Annual report on the working of the mental hospitals in the Madras Presidency - 1912-1932
Year: 1912
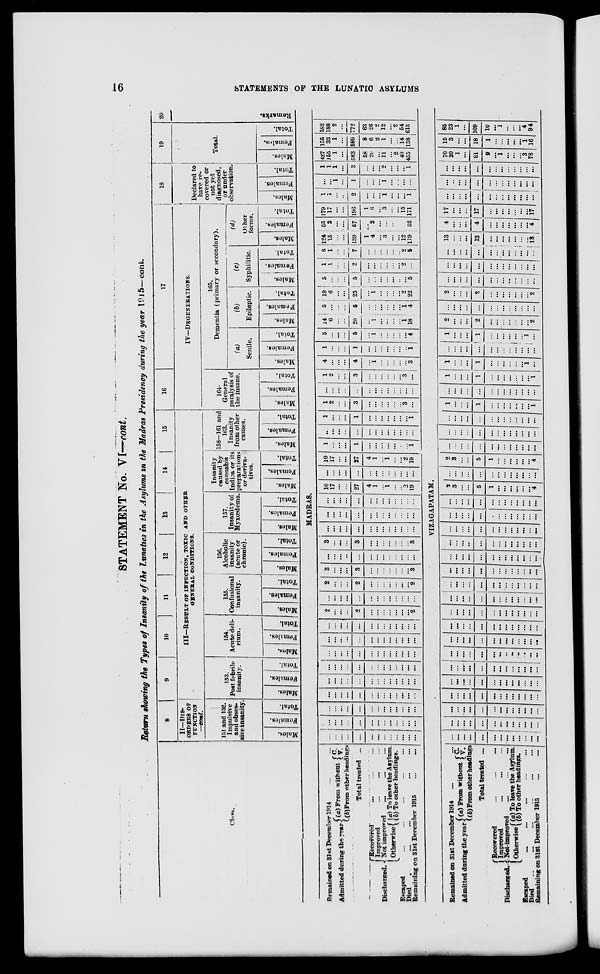
16
STATEMENTS OF THE LUNATIC ASYLUMS
STATEMENT No. VI—cont.
Return showing the Types of Insanity of the Lunatics in the Asylums in the Madras Presidency during the year 1915—cont.
Class.
8
II—DIS-
------ OF
FUNCTION
—cont.
151 and 152.
Impulsive
and obses-
sive insanity.
Males.
Females.
Total.
9
10
11
12
13
14
15
III—RESULT OF INFECTION, TOXIC AND OTHER
GENERAL CONDITIONS.
153.
Post febrile
insanity.
Mal es .
Femal es .
Total.
154.
Acute deli-
rium.
Mal es . Femal es .
Total.
155.
Confusional
insanity.
Mal es.
Femal es .
Total.
156.
Alcoholic
insanity
(acute or
chronic).
Males.
Females.
Total.
157.
Insanity of
Myxœdema.
Males.
Females.
Total.
Insanity
caused by
cannabis
Indica or its
preparation
or deriva-
tives.
Males.
Females.
Total.
158—161 and
163.
Insanity
from other
causes.
Males.
Females.
Total.
16
17
IV—DEGENERATIONS.
164.
General
paralysis of
the insane.
Males.
Females.
Total.
165.
Dementia (primary or secondary).
(a)
Senile.
Males.
Females.
Total.
(b)
Epileptic.
Males.
Females.
Total.
(c)
Syphilitic.
Males.
Females.
Total.
(d)
Other
forms.
Males.
Females.
Total.
18
Declared to
have re-
covered or
not yet
diagnosed,
or under
observation.
Males.
Females.
Total.
19
Total.
Males.
Females.
Total.
20
Remarks.
MADRAS.
Remained on 31st December 1914 ... ...
Admitted during the year (a) From without C.
V.
(b) From other headings
Total treated ...
Discharged.
Recovered ... ... ...
Improved ... ... ...
Not improved ... ... ...
Otherwise (a) To leave the Asylum.
(b) To other headings.
Escaped ... ... ... ... ...
Died Escaped ... ... ... ... ...
Remaining on 31st December 1915
...
...
...
...
...
...
...
...
...
...
...
...
...
...
...
...
...
...
...
...
...
...
...
...
...
... ...
...
...
...
...
...
...
...
...
...
...
...
... ...
...
...
...
...
...
...
...
...
...
...
...
... ...
...
...
...
...
...
...
...
...
...
...
...
... ...
...
...
...
...
...
...
...
...
...
...
...
...
...
...
...
...
...
...
...
...
...
...
...
...
... ...
...
...
...
...
...
...
...
...
...
...
...
... ...
...
...
...
...
...
...
...
...
...
...
...
... ...
...
2
...
...
...
2
...
...
...
...
...
... ...
2
...
...
...
...
...
...
...
...
...
...
... ...
...
2
...
...
...
2
...
...
...
...
...
...
...
2
3
...
...
...
3
...
...
...
...
...
... ...
3
...
...
...
...
...
...
...
...
...
...
... ...
...
3
...
...
...
3
...
...
...
...
...
... ...
3
...
...
...
...
...
...
...
...
...
...
... ...
...
...
...
...
...
...
...
...
...
...
...
... ...
...
...
...
...
...
...
...
...
...
...
...
... ...
...
10
17
...
...
27
4
1
...
1
...
... 2
19
...
...
...
...
...
...
...
...
...
...
... ...
...
10
17
...
...
27
4
1
...
1
...
... 2
19
1
...
...
...
1
...
...
...
...
...
... ... 1
...
...
...
...
...
...
...
...
...
...
... ...
...
1
...
...
...
1
...
...
...
...
...
... ...
1
1
2
...
...
3
...
...
...
...
...
... 3
...
...
...
...
...
...
...
...
...
...
...
... ...
...
1
2
...
...
3
...
...
...
...
...
... 3
...
4
...
...
...
4
...
1
...
...
...
... ...
3
1
...
...
...
1
...
...
...
...
...
... ...
1
5
...
...
...
5
...
1
...
...
...
... ...
4
14
6
...
...
20
...
1
...
...
...
... 1
18
5
...
...
...
5
...
...
...
...
...
... 1
4
19
6
...
...
25
...
1
...
...
...
... 2
22
5
...
...
...
5
...
...
...
...
...
...
...
5
1
1
...
...
2
...
...
...
...
...
... 2
...
6 1
...
...
7
...
...
...
...
...
... 2
5
124
15
...
...
139
1
4
...
3
...
... 12
119
55
2
...
...
57
...
2
...
...
...
...
3
52
179
17
...
...
196
1
6
...
3
...
... 15
171
1
1
...
...
2
...
...
...
1
...
... ...
1
...
...
1
...
1
...
...
...
1
...
... ...
...
1
1
1
...
3
...
...
...
2
...
... ...
1
427
155
1
...
583
58
20
...
11
...
2
40
455
155
33
1
...
589
8
6
2
1
...
...
14
158
582
188
2
...
772
63
26
2
12
...
2 54
613
VIZAGAPATAM.
Remained on 31st December 1914 ... ...
Admitted during the year (a) From without C.
V.
(b) From other headings
Total treated ...
Discharged.
Recovered ... ... ...
Improved
...
...
...
Not-improved ... ... ...
Otherwise (a) To leave the Asylum.
(b) To other headings.
Escaped ... ... ... ... ...
Died ... ... ... ... ... ...
Remaining on 31st December 1915
...
...
...
...
...
...
...
...
...
...
...
...
...
...
...
...
...
...
...
...
...
...
...
...
...
...
...
...
...
...
...
...
...
...
...
...
...
...
...
...
...
...
...
...
...
...
...
...
...
...
...
...
...
...
...
...
...
...
...
...
...
...
...
...
...
...
...
...
...
...
...
...
...
...
...
...
...
...
...
...
...
...
...
...
...
...
...
...
...
...
...
...
...
...
...
...
...
...
...
...
...
...
...
...
...
...
...
...
...
...
...
...
...
...
...
...
...
...
...
...
...
...
...
...
...
...
...
...
...
...
...
...
...
...
...
...
...
...
...
...
...
...
...
...
...
...
...
...
...
...
...
...
...
...
...
...
...
...
...
...
...
...
...
...
...
...
...
...
...
...
...
...
...
...
...
...
...
...
...
...
...
...
...
...
...
...
...
...
...
...
...
...
...
...
...
...
...
...
...
...
...
...
...
...
...
...
...
...
...
...
...
...
...
...
...
...
...
...
...
...
...
...
...
...
...
...
...
...
...
...
...
...
...
...
...
...
2
3
...
...
5
1
...
...
...
...
...
...
4
...
...
...
...
...
...
...
...
...
...
...
...
...
2
3
...
...
5
1
...
...
...
...
...
...
4
...
...
...
...
...
...
...
...
...
...
...
...
...
...
...
...
...
...
...
...
...
...
...
...
...
...
...
...
...
...
...
...
...
...
...
...
...
...
...
1
...
...
...
1
...
...
...
...
...
...
...
1
...
...
...
...
...
...
...
...
...
...
...
...
...
1
...
...
...
1
...
...
...
...
...
...
...
1
1
...
...
...
1
...
...
...
...
...
...
1
...
...
...
...
...
...
...
...
...
...
...
...
...
...
1
...
...
...
1
...
...
...
...
...
...
1
...
2
...
...
...
2
...
...
...
...
...
...
...
2
...
...
...
...
...
...
...
...
...
...
...
...
...
2
...
...
...
2
...
...
...
...
...
...
...
2
...
...
...
...
...
...
...
...
...
...
...
...
...
...
...
...
...
...
...
...
...
...
...
...
...
...
...
...
...
...
...
...
...
...
...
...
...
...
...
13
...
...
...
13
...
...
...
...
...
...
...
13
4
...
...
...
4
...
...
...
...
...
...
...
4
17
...
...
...
17
...
...
...
...
...
...
...
17
...
...
...
...
...
...
...
...
...
...
...
...
...
...
...
...
...
...
...
...
...
...
...
...
...
...
...
...
...
...
...
...
...
...
...
...
...
...
...
70
20
1
...
91
9
...
1
...
...
...
3
78
15
3
...
...
18
1
...
...
...
...
...
1
16
85
23
1
...
109
10
...
1
...
...
...
4
94